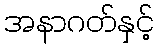
အနာဂတ်နှင့်